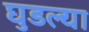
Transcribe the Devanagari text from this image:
घुडल्या